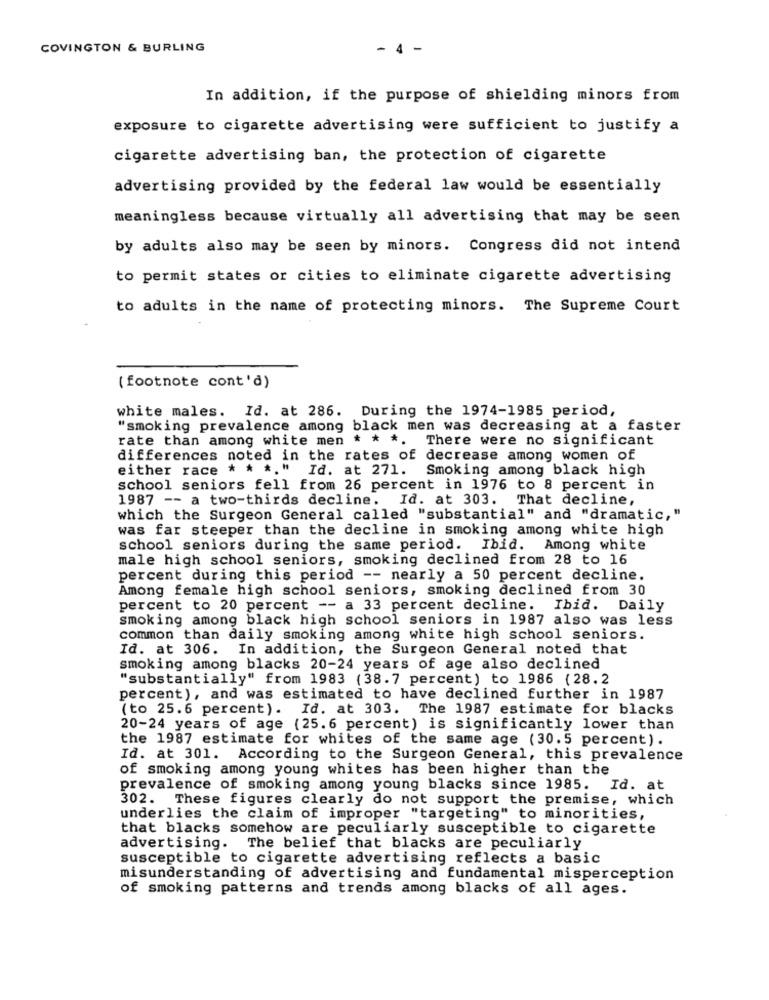
COVINGTON & BURLING
- 4 -
In addition, if the purpose of shielding minors from
exposure to cigarette advertising were sufficient to justify a
cigarette advertising ban, the protection of cigarette
advertising provided by the federal law would be essentially
meaningless because virtually all advertising that may be seen
by adults also may be seen by minors. Congress did not intend
to permit states or cities to eliminate cigarette advertising
to adults in the name of protecting minors. The Supreme Court
(footnote cont'd)
white males. Id. at 286. During the 1974-1985 period,
"smoking prevalence among black men was decreasing at a faster
rate than among white men * * *. There were no significant
differences noted in the rates of decrease among women of
either race * * *. " Id. at 271. Smoking among black high
school seniors fell from 26 percent in 1976 to 8 percent in
1987 -- a two-thirds decline. Id. at 303. That decline,
which the Surgeon General called "substantial" and "dramatic,"
was far steeper than the decline in smoking among white high
school seniors during the same period. Ibid. Among white
male high school seniors, smoking declined from 28 to 16
percent during this period -- nearly a 50 percent decline.
Among female high school seniors, smoking declined from 30
percent to 20 percent -- a 33 percent decline. Ibid. Daily
smoking among black high school seniors in 1987 also was less
common than daily smoking among white high school seniors.
Id. at 306. In addition, the Surgeon General noted that
smoking among blacks 20-24 years of age also declined
"substantially" from 1983 (38.7 percent) to 1986 (28.2
percent), and was estimated to have declined further in 1987
(to 25.6 percent). Id. at 303. The 1987 estimate for blacks
20-24 years of age (25.6 percent) is significantly lower than
the 1987 estimate for whites of the same age (30.5 percent).
Id. at 301. According to the Surgeon General, this prevalence
of smoking among young whites has been higher than the
prevalence of smoking among young blacks since 1985. Id. at
302. These figures clearly do not support the premise, which
underlies the claim of improper "targeting" to minorities,
that blacks somehow are peculiarly susceptible to cigarette
advertising. The belief that blacks are peculiarly
susceptible to cigarette advertising reflects a basic
misunderstanding of advertising and fundamental misperception
of smoking patterns and trends among blacks of all ages.